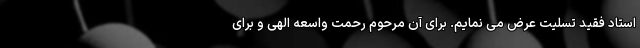
استاد فقید تسلیت عرض می نمایم. برای آن مرحوم رحمت واسعه الهی و برای